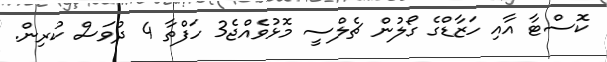
ކޮސްޓާ އާއި ހަޒާޑްގެ ގޯލުން ޗެލްސީ މޮޅުވެއްޖެ3 ހަފްތާ 4 ދުވަސް ކުރިން.